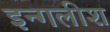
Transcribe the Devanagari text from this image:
इन्गलीश